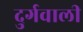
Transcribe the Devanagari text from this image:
दुर्गवाली